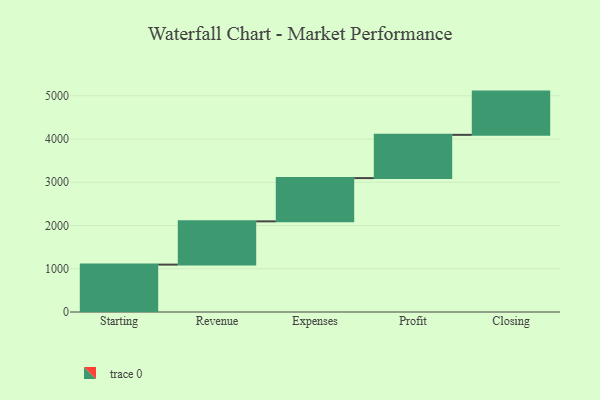
{"axis": {"x": "Step", "y": "Value"}, "legend": [""], "data": [{"x": "Starting", "y": 1096.0, "type": ""}, {"x": "Revenue", "y": 1000, "type": ""}, {"x": "Expenses", "y": 1000, "type": ""}, {"x": "Profit", "y": 1000, "type": ""}, {"x": "Closing", "y": 1000, "type": ""}]}